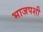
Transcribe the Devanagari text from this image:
भाजपशी